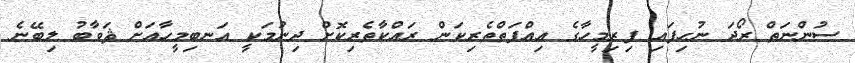
ސުންނަތް ރޯދަ ނުހިފައި ފިރިމީހާގެ ޢިއްފަތްތެރިކަން ރައްކާތެރިކޮށް ދިނުމަކީ އަނބިމީހާއަށް ޘަވާބު ލިބޭނެ